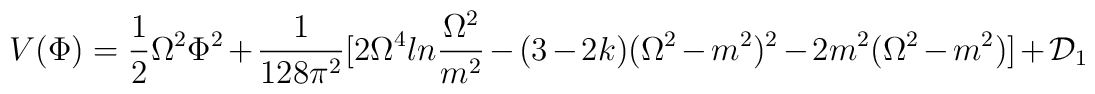
V(\Phi)={\frac {1}{2}}\Omega^2\Phi^2+{\frac {1}{128\pi^2}} [2\Omega^4ln{\frac {\Omega^2}{m^2}}-(3-2k)(\Omega^2-m^2)^2-2m^2(\Omega^2-m^2)] +{\cal D}_1